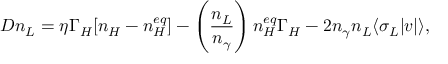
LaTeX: { \cal D } n _ { L } = \eta \Gamma _ { H } [ n _ { H } - n _ { H } ^ { e q } ] - \left( \frac { n _ { L } } { n _ { \gamma } } \right) n _ { H } ^ { e q } \Gamma _ { H } - 2 n _ { \gamma } n _ { L } \langle \sigma _ { L } | v | \rangle ,